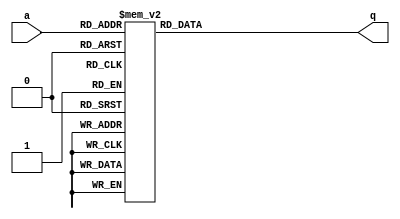
module top_module (
    input [2:0] a,
    output [15:0] q ); 

     always @(*)
         case (a)
            0 : q = 16'h1232;
            1 : q = 16'haee0;
            2 : q = 16'h27d4;
            3 : q = 16'h5a0e;
            4 : q = 16'h2066;
            5 : q = 16'h64ce;
            6 : q = 16'hc526;
            7 : q = 16'h2f19;
         endcase
            
endmodule